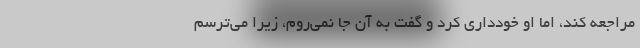
مراجعه کند، اما او خودداری کرد و گفت به آن جا نمی‌روم، زیرا می‌ترسم